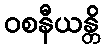
ဝစနီယန္တိ